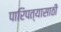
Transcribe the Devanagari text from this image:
पारिपत्यासाठी